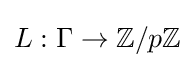
L:\Gamma \to \mathbb {Z} /p\mathbb {Z}